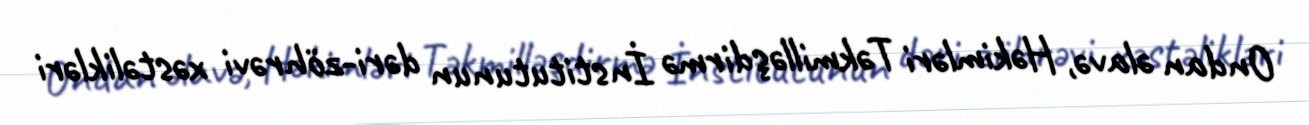
Ondan əlavə, Həkimləri Təkmilləşdirmə İnstitutunun dəri-zöhrəvi xəstəlikləri